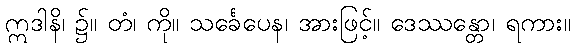
ဣဒါနိ၊ ၌။ တံ၊ ကို။ သင်္ခေပေန၊ အားဖြင့်။ ဒေဿန္တော၊ ရကား။